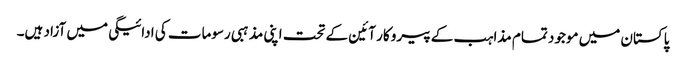
پاکستان میں موجود تمام مذاہب کے پیرو کار آئین کے تحت اپنی مذہبی رسومات کی ادائیگی میں آزاد ہیں۔